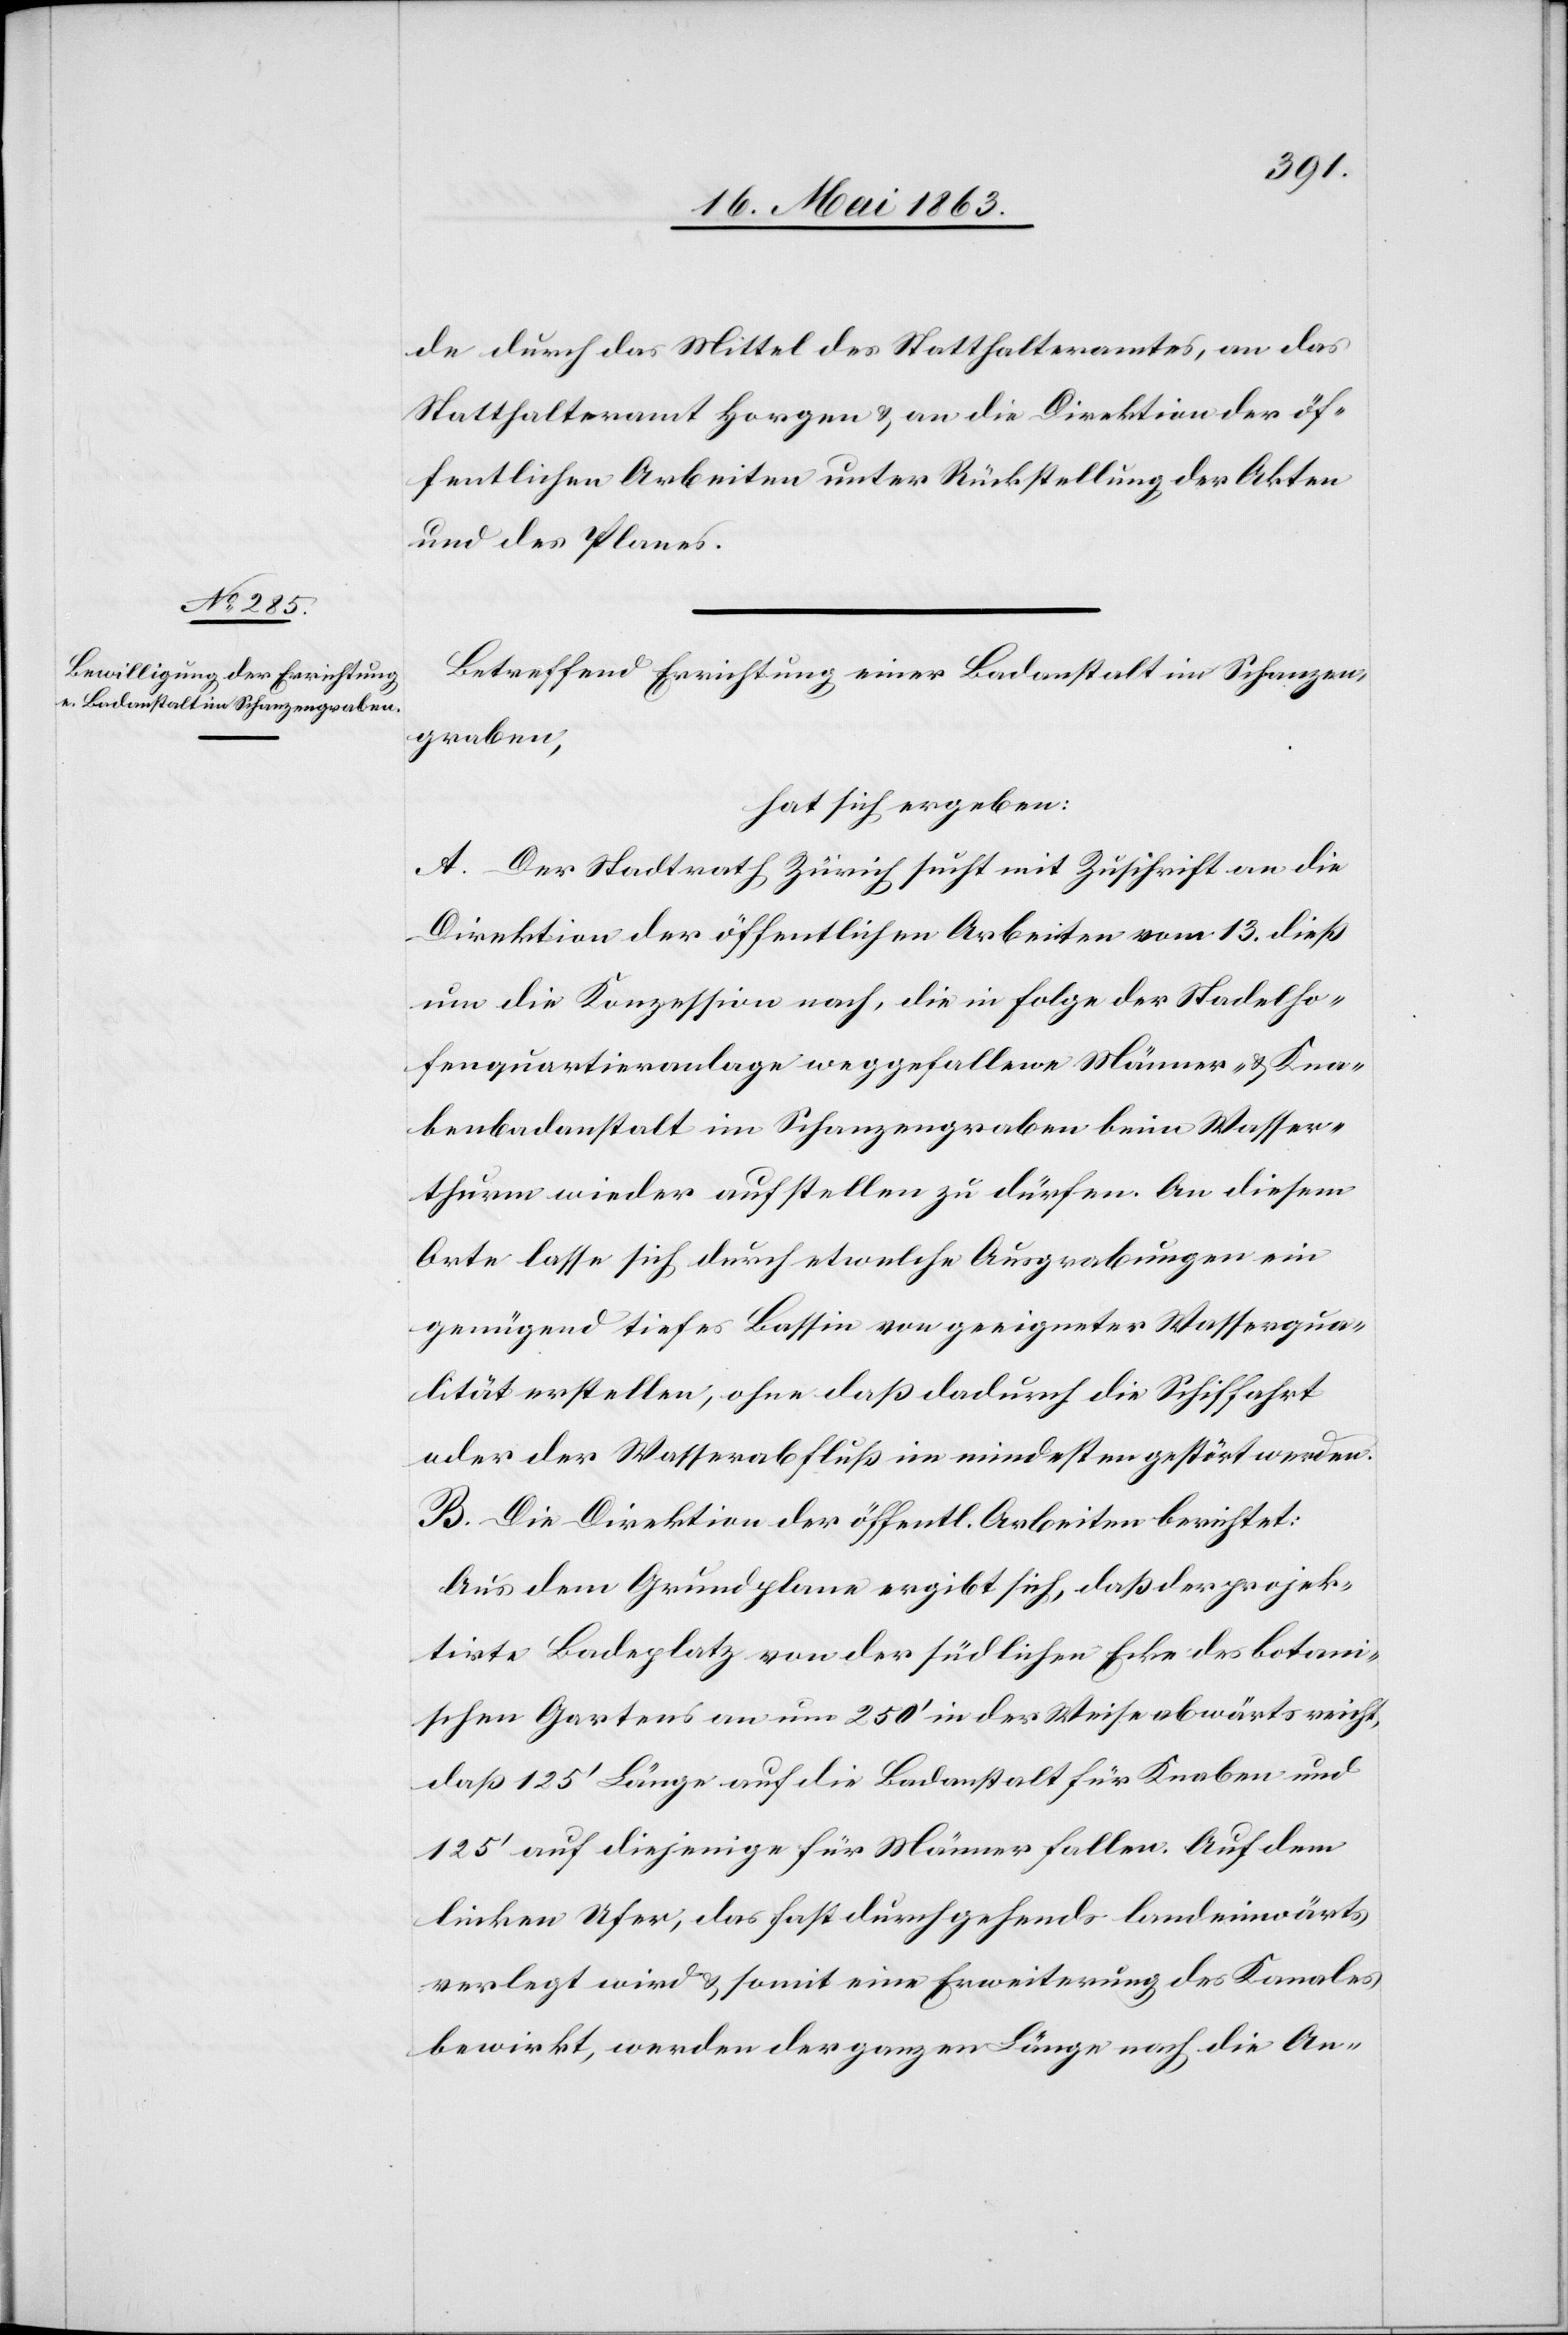
de durch das Mittel des Statthalteramtes, an das
Statthalteramt Horgen & an die Direktion der öf¬
fentlichen Arbeiten unter Rückstellung der Akten
und des Planes.
Betreffend Errichtung einer Badanstalt im Schanzen¬
graben,
hat sich ergeben:
A. Der Stadtrath Zürich sucht mit Zuschrift an die
Direktion der öffentlichen Arbeiten vom 13. dieß
um Konzession nach, die in Folge der Stadelho¬
fenquartieranlage weggefallene Männer- & Kna¬
benbadanstalt im Schanzengraben beim Wasser¬
thurm wieder aufstellen zu dürfen. An diesem
Orte lasse sich durch etwelche Ausgrabungen ein
genügend tiefes Bassin von geeigneter Wasserqua¬
lität erstellen, ohne daß dadurch die Schiffahrt
oder der Wasserabfluß im mindesten gestört werden.
B. Die Direktion der öffentl. Arbeiten berichtet:
Aus dem Grundplane ergibt sich, daß der projek¬
tirte Badeplatz von der südlichen Ecke des botani¬
schen Gartens an um 250' in der Weise abwärts reicht,
daß 125' Länge auf die Badanstalt für Knaben und
125' auf diejenige für Männer fallen. Auf dem
linken Ufer, das fast durchgehends landeinwärts
verlegt wird & somit eine Erweiterung des Kanales
bewirkt, werden der ganzen Länge nach die An-